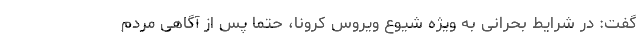
گفت: در شرایط بحرانی به ویژه شیوع ویروس کرونا، ‌حتما پس از آگاهی مردم